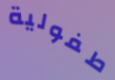
طفولية